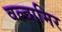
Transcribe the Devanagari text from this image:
वल्दामिर